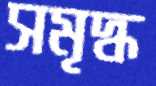
সমৃদ্ধ